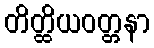
တိတ္ထိယဝတ္တနာ